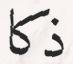
ذكا